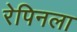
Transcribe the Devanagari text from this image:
रेपिनला